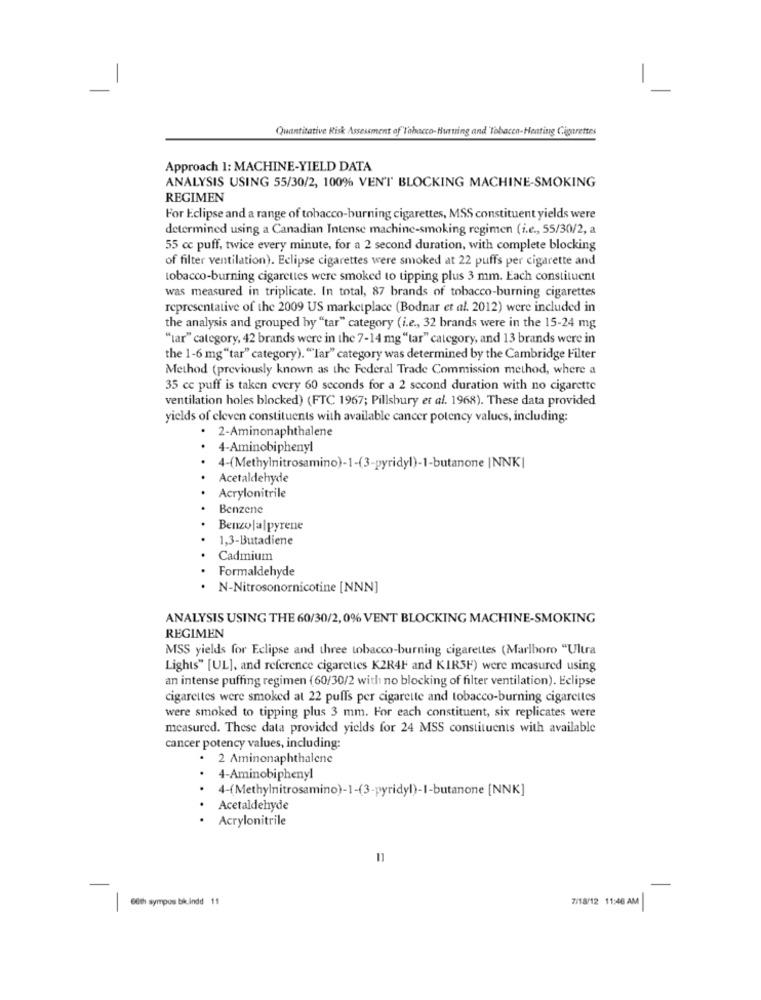
Quantitative Risk Assessment of"Tabacco-Burning and Tobacco-Heating Cigarettes
Approach 1: MACHINE-YIELD DATA
ANALYSIS USING 55/30/2, 100% VENT' BLOCKING MACHINE-SMOKING
REGIMEN
For Eclipse and a range of tobacco-burning cigarettes, MSS constituent yields were
determined using a Canadian Intense machine-smoking regimen (i.e ., 55/30/2, a
55 cc puff, twice every minute, for a 2 second duration, with complete blocking
of filter ventilation). Eclipse cigarettes were smoked at 22 puffs per cigarette and
tobacco-burning cigarettes were smoked to tipping plus 3 mm. Each constituent
was measured in triplicate. In total, 87 brands of tobacco-burning cigarettes
representative of the 2009 US marketplace (Bodnar et al. 2012) were included in
the analysis and grouped by "tar" category (i.e ., 32 brands were in the 15-24 mg
"tar" category, 42 brands were in the 7-14 mg "tar" category, and 13 brands were in
the 1-6 mg"tar" category). "Tar" category was determined by the Cambridge Filter
Method (previously known as the Federal Trade Commission method, where a
35 cc puff is taken every 60 seconds for a 2 second duration with no cigarette
ventilation holes blocked) (FTC 1967; Pillsbury et al. 1968). These data provided
yields of eleven constituents with available cancer potency values, including:
· 2-Aminonaphthalene
4-Aminobiphenyl
4-(Methylnitrosamino)-1-(3-pyridyl)-1-butanone |NNK|
Acetaldehyde
Acrylonitrile
Benzene
Benzolalpyrene
1,3-Butadiene
Cadmium
Formaldehyde
N-Nitrosonornicotine [NNN]
ANALYSIS USING THE 60/30/2, 0% VENT BLOCKING MACHINE-SMOKING
REGIMEN
MSS yields for Eclipse and three tobacco-burning cigarettes (Marlboro "Ultra
Lights" [UL], and reference cigarettes K2R4F and KIR5F) were measured using
an intense puffing regimen (60/30/2 with no blocking of filter ventilation). Eclipse
cigarettes were smoked at 22 puffs per cigarette and tobacco-burning cigarettes
were smoked to tipping plus 3 mm. For each constituent, six replicates were
measured. These data provided yields for 24 MSS constituents with available
cancer potency values, including:
. 2 Aminonaphthalene
4-Aminobiphenyl
.
4-(Methylnitrosamino)-1-(3-pyridyl)-I-butanone [NNK]
.
Acetaldehyde
.
Acrylonitrile
11
7/18/12 11:46 AM
| 86th sympos bikindd 11